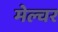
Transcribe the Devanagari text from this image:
मेल्चर